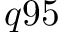
q 9 5